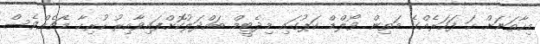
މިހާތަނަށް ހަ ފަހަރެއްގެ މަތިން ވޯލްޑް ކަޕުގައި މިދެޓީމް ބައްދަލުކޮށްފައިވާއިރު ހުރިހާ މެޗެއްވެސް